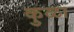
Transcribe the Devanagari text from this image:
कुळा